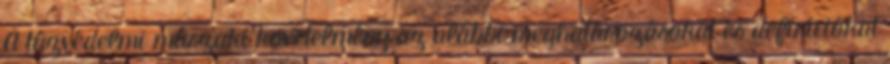
A tûzvédelmi mûszaki követelmény az alábbi meghatározásokat és definíciókat